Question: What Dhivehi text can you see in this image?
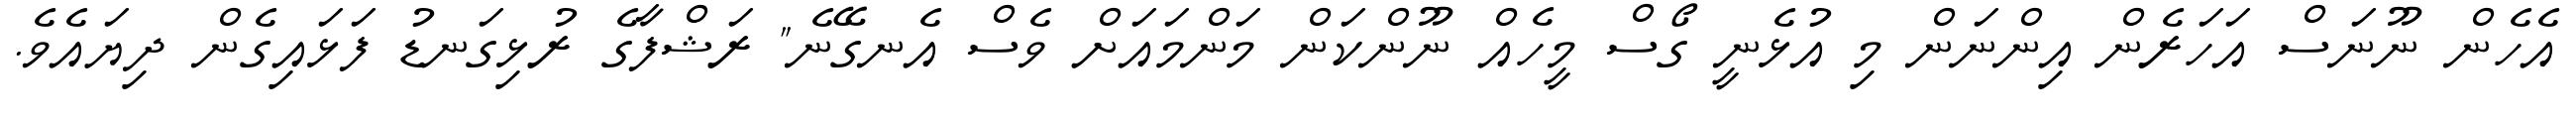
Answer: އެހެން ނޫނަސް އަހަރެން އިންނަން މި އުޅެނީ ގޯސް މީހެއް ނޫންކަން މަންމައަށް ވެސް އެނގޭނެ" ރަޝްފާގެ ރުޅިގަނޑު ފަޅައިގެން ދިޔައެވެ.